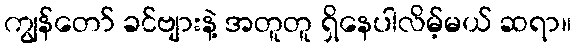
ကျွန်တော် ခင်ဗျားနဲ့ အတူတူ ရှိနေပါလိမ့်မယ် ဆရာ။